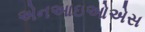
એનઆઇઓએસ